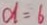
d = 6